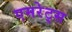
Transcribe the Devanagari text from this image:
एमरेट्स